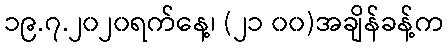
၁၉.၇.၂၀၂၀ရက်နေ့၊ (၂၁ ၀၀)အချိန်ခန့်က